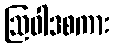
ဩဝါဒစကား